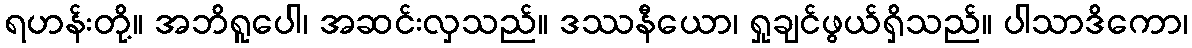
ရဟန်းတို့။ အဘိရူပေါ၊ အဆင်းလှသည်။ ဒဿနီယော၊ ရှုချင်ဖွယ်ရှိသည်။ ပါသာဒိကော၊